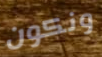
ونكون